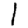
Digit: 1